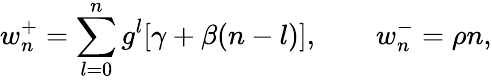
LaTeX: w_{n}^{+}=\sum_{l=0}^{n}g^{l}[\gamma+\beta(n-l)],\qquad w_{n}^{-}=\rho n,